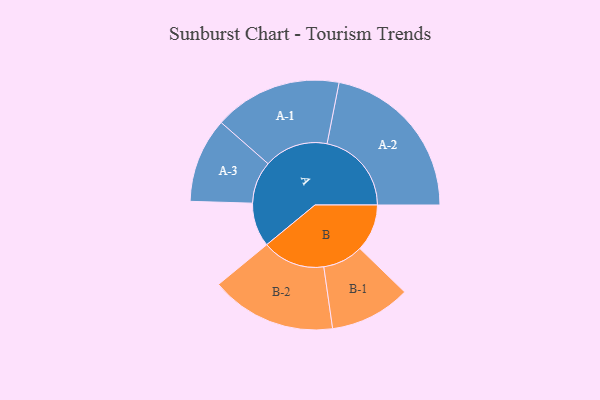
{"axis": {"x": "Segment", "y": "Value"}, "legend": ["", "A", "B"], "data": [{"x": "A", "y": 110, "type": ""}, {"x": "B", "y": 118, "type": ""}, {"x": "A-1", "y": 160, "type": "A"}, {"x": "A-2", "y": 211, "type": "A"}, {"x": "A-3", "y": 106, "type": "A"}, {"x": "B-1", "y": 101, "type": "B"}, {"x": "B-2", "y": 157, "type": "B"}]}